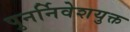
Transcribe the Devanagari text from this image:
पुनर्निवेशयुक्त